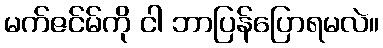
မက်ဇင်မ်ကို ငါ ဘာပြန်ပြောရမလဲ။